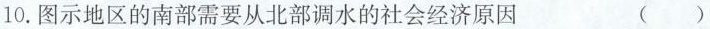
10.图示地区的南部需要从北部调水的社会经济原因 ()